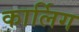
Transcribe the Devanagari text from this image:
कार्लिग